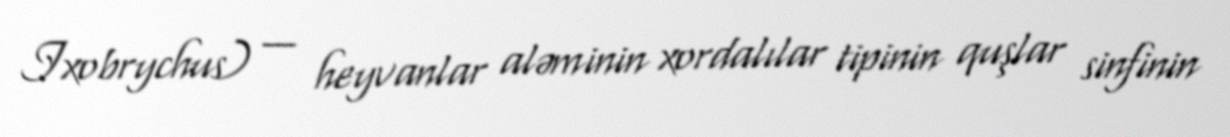
Ixobrychus) — heyvanlar aləminin xordalılar tipinin quşlar sinfinin